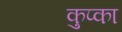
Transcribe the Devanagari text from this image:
कुप्का